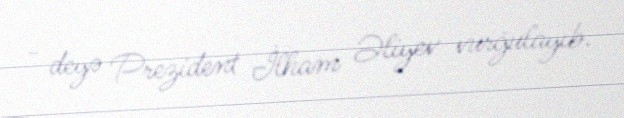
- deyə Prezident İlham Əliyev vurğulayıb.